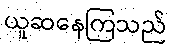
ယူဆနေကြသည်